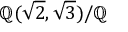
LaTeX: \mathbb { Q } ( { \sqrt { 2 } } , { \sqrt { 3 } } ) / \mathbb { Q }